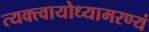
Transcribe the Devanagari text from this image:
त्यक्त्वायोध्यामरण्यं